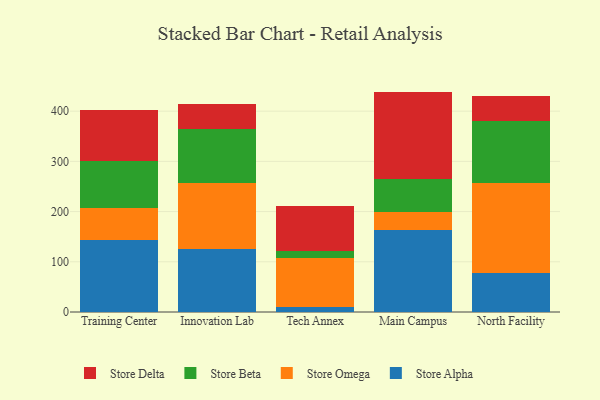
{"axis": {"x": "Campus", "y": "Tickets Resolved"}, "legend": ["Store Alpha", "Store Beta", "Store Delta", "Store Omega"], "data": [{"x": "Training Center", "y": 144.1, "type": "Store Alpha"}, {"x": "Training Center", "y": 63.1, "type": "Store Omega"}, {"x": "Training Center", "y": 93.3, "type": "Store Beta"}, {"x": "Training Center", "y": 102.6, "type": "Store Delta"}, {"x": "Innovation Lab", "y": 124.6, "type": "Store Alpha"}, {"x": "Innovation Lab", "y": 132.0, "type": "Store Omega"}, {"x": "Innovation Lab", "y": 107.6, "type": "Store Beta"}, {"x": "Innovation Lab", "y": 49.4, "type": "Store Delta"}, {"x": "Tech Annex", "y": 10.4, "type": "Store Alpha"}, {"x": "Tech Annex", "y": 96.4, "type": "Store Omega"}, {"x": "Tech Annex", "y": 14.6, "type": "Store Beta"}, {"x": "Tech Annex", "y": 90.2, "type": "Store Delta"}, {"x": "Main Campus", "y": 163.4, "type": "Store Alpha"}, {"x": "Main Campus", "y": 35.0, "type": "Store Omega"}, {"x": "Main Campus", "y": 65.8, "type": "Store Beta"}, {"x": "Main Campus", "y": 174.8, "type": "Store Delta"}, {"x": "North Facility", "y": 77.7, "type": "Store Alpha"}, {"x": "North Facility", "y": 178.4, "type": "Store Omega"}, {"x": "North Facility", "y": 125.2, "type": "Store Beta"}, {"x": "North Facility", "y": 48.5, "type": "Store Delta"}]}